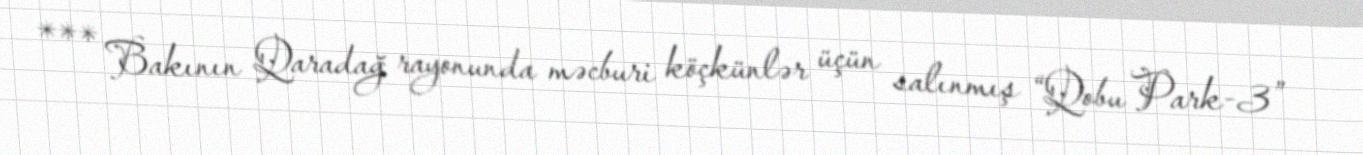
*** Bakının Qaradağ rayonunda məcburi köçkünlər üçün salınmış “Qobu Park-3”